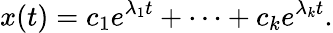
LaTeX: x(t)=c_{1}e^{\lambda_{1}t}+\cdots+c_{k}e^{\lambda_{k}t}.